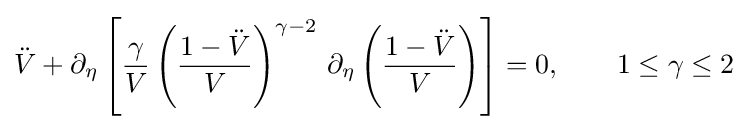
{\ddot {V}}+\partial _{\eta }\left[{\frac {\gamma }{V}}\left({\frac {1-{\ddot {V}}}{V}}\right)^{\gamma -2}\,\partial _{\eta }\left({\frac {1-{\ddot {V}}}{V}}\right)\right]=0,\qquad 1\leq \gamma \leq 2